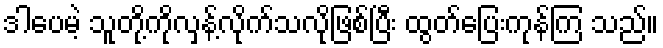
ဒါပေမဲ့ သူတို့ကိုလှန့်လိုက်သလိုဖြစ်ပြီး ထွတ်ပြေးကုန်ကြ သည်။